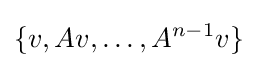
\{v,Av,\ldots ,A^{n-1}v\}